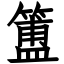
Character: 簠